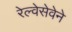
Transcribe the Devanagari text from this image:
रेल्वेसेवेने